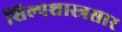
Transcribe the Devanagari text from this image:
शिल्पशास्त्रसार